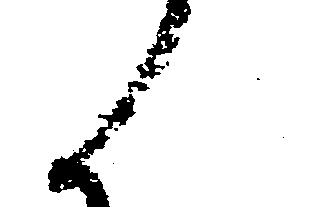
候